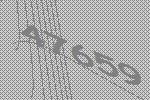
47659